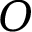
\boldsymbol { O }